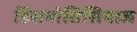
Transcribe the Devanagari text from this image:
डिसनोतिसियाज